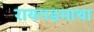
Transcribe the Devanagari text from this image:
रायगडमाथा